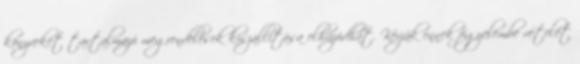
könyveket tartalmazó megrendelések kiszállítása elhúzódhat. Kérjük ennek figyelembe vételét